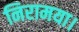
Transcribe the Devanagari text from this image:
निरामया।